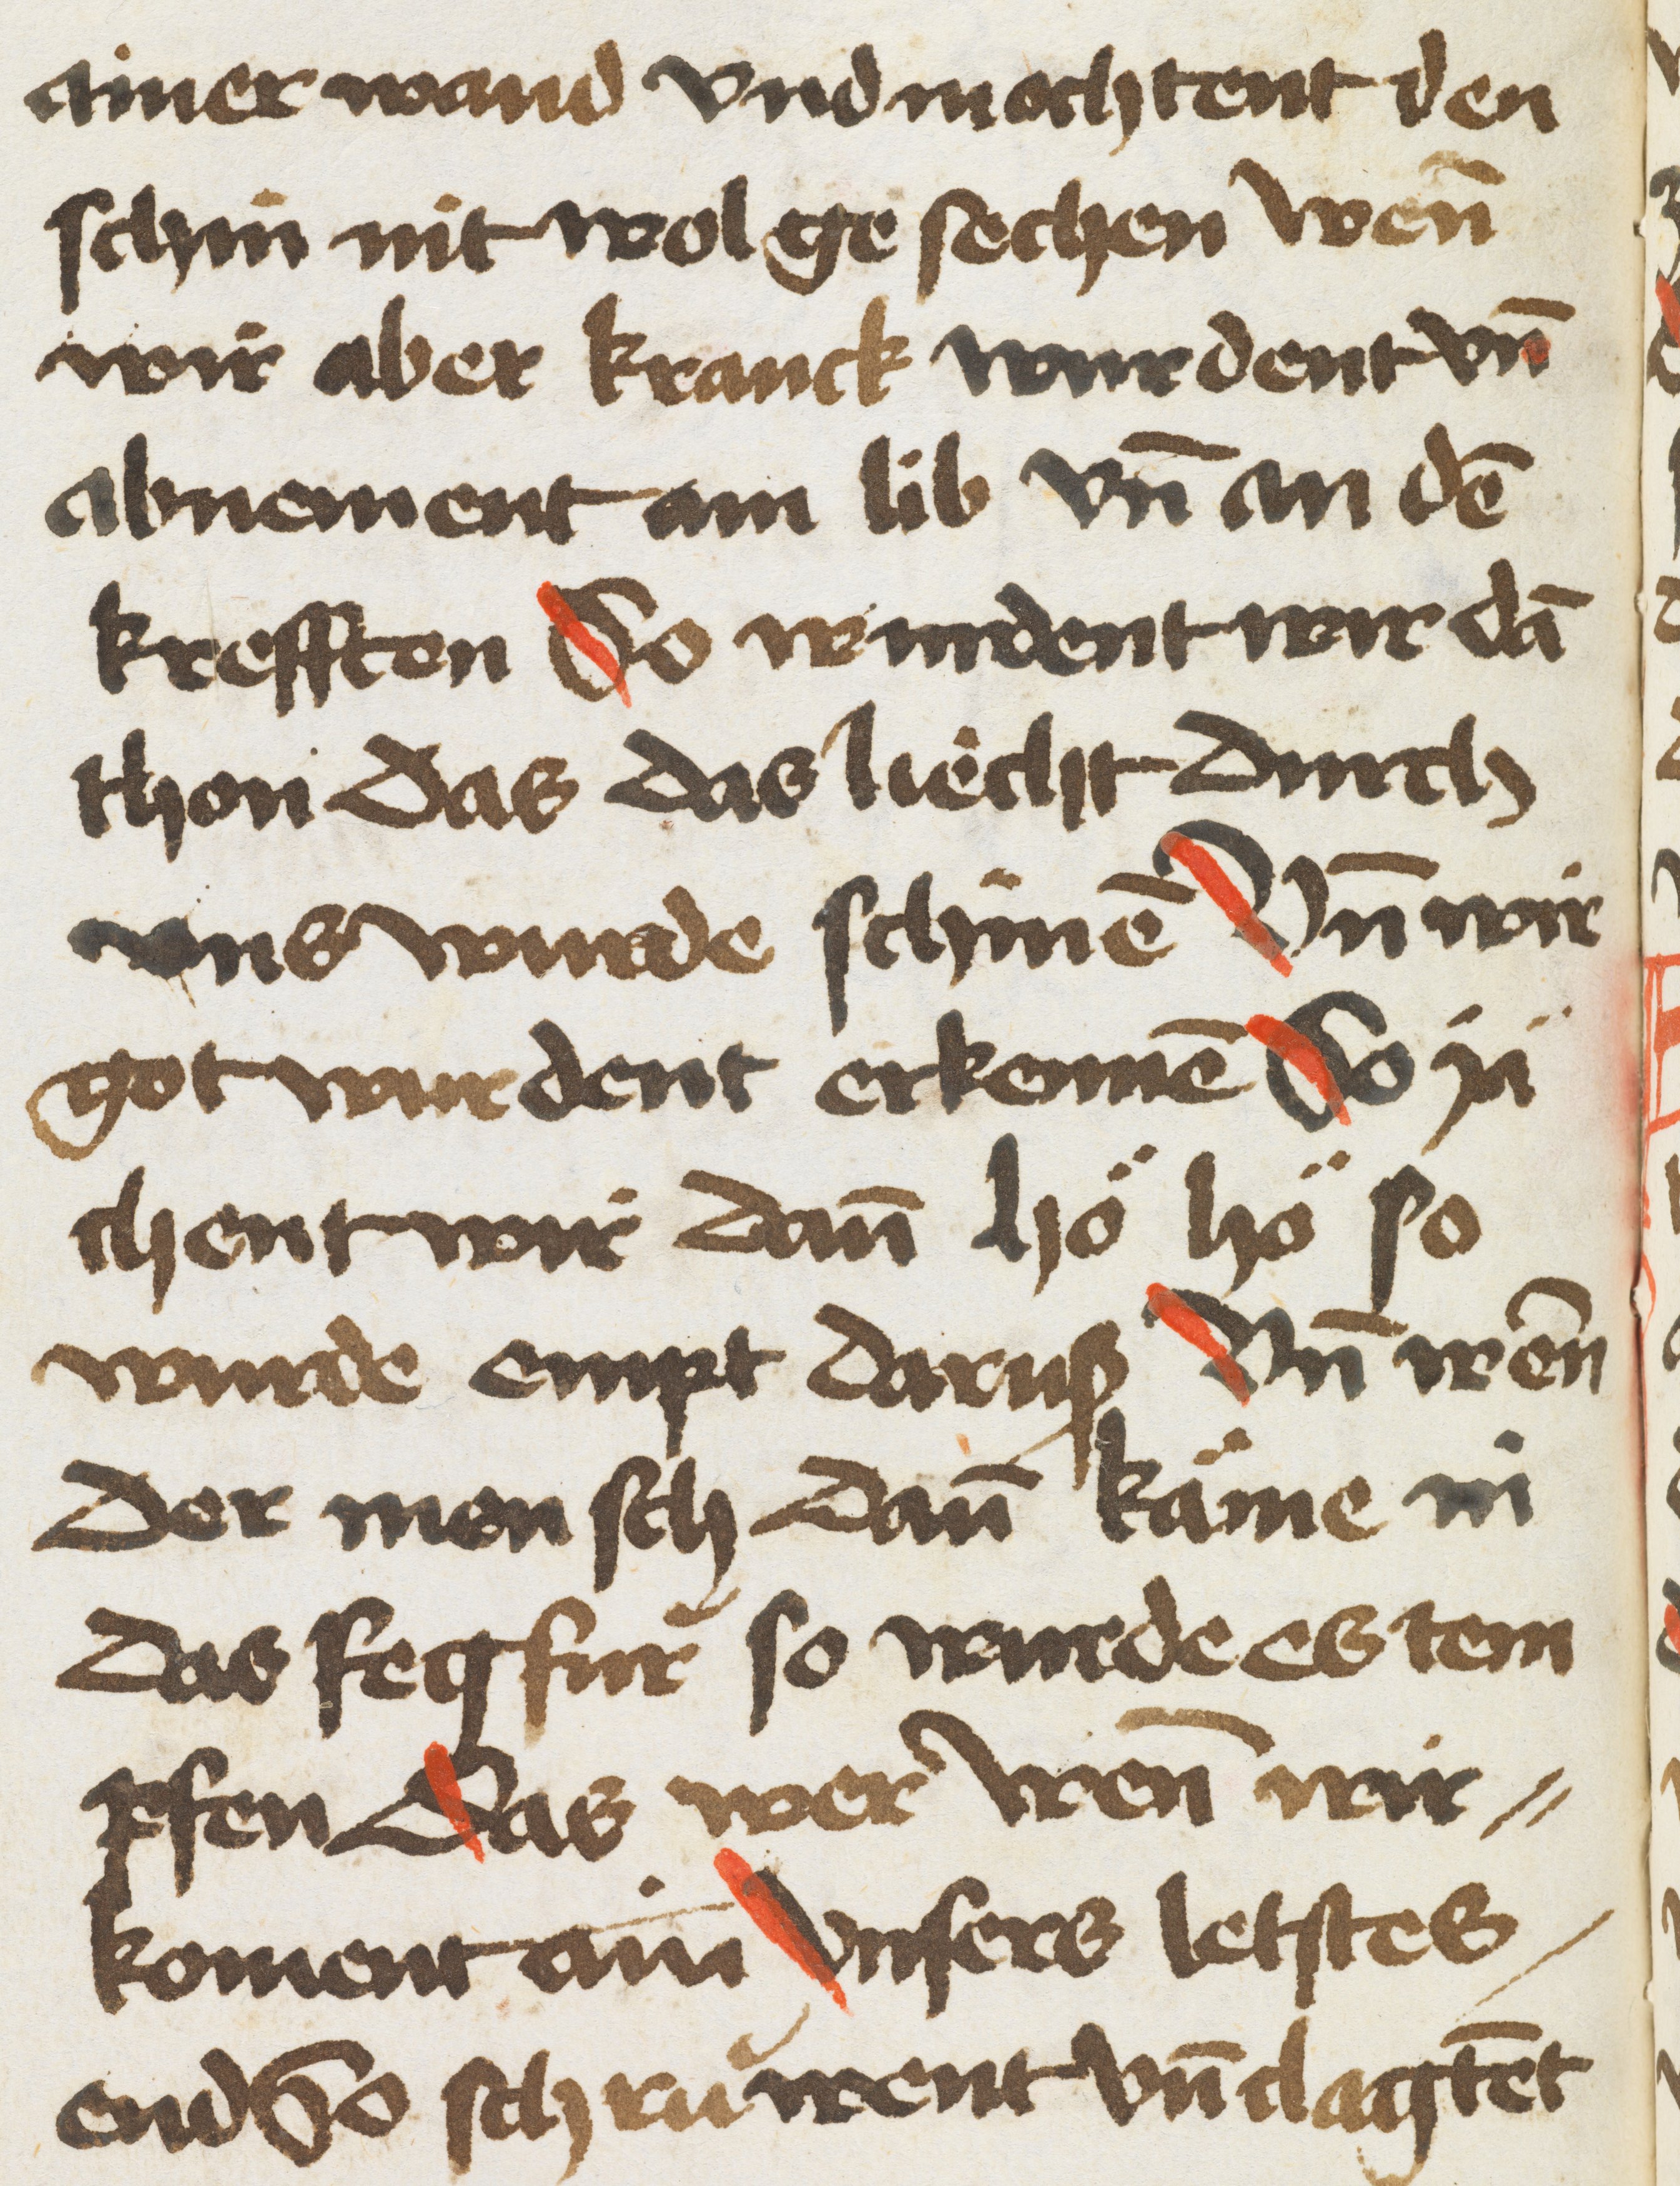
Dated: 1500–1530